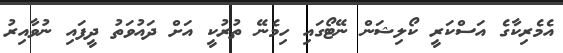
އެމެރިކާގެ އަސްކަރީ ކޯލިޝަން ނޭޓޯގައި ހިމެނޭ ތުރުކީ އަށް ދައުވަތު ދީފައި ނުވާއިރު